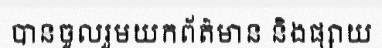
បានចូលរួមយកព័ត៌មាន និងផ្សាយ